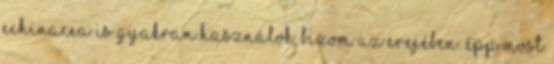
echinacea is gyakran használok, bízom az erejében. Épp most